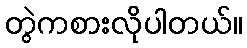
တွဲကစားလိုပါတယ်။